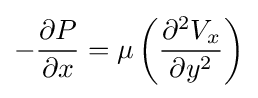
-{\frac {\partial P}{\partial x}}=\mu \left({\frac {\partial ^{2}V_{x}}{\partial y^{2}}}\right)